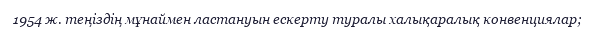
1954 ж. теңiздiң мұнаймен ластануын ескерту туралы халықаралық конвенциялар;